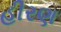
હીરણ